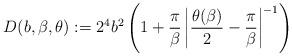
LaTeX: \begin{align*}D(b,\beta,\theta):=2^4b^2\left(1+\frac{\pi}{\beta}\left|\frac{\theta(\beta)}{2}-\frac{\pi}{\beta}\right|^{-1}\right)\end{align*}